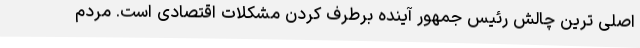
اصلی ترین چالش رئیس جمهور آینده برطرف کردن مشکلات اقتصادی است. مردم